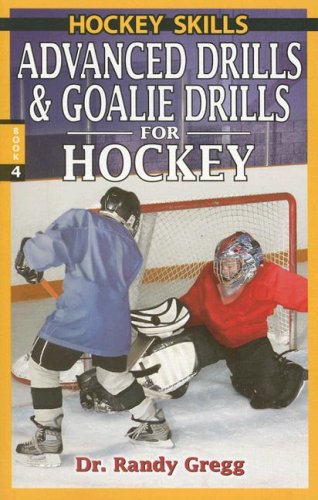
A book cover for Advanced Drills & Goalie Drills for Hockey (Hockey Drills); Randy Gregg; Sports & Outdoors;